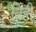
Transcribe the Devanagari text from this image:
तिंही